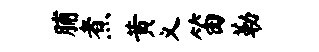
脯煮黄义笛勒